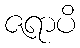
ဇရာပိ